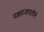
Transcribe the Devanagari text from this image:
दक्षप्रजापतीने